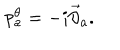
LaTeX: p _ { a } ^ { \theta } = - i \overrightarrow { \partial } _ { a } .